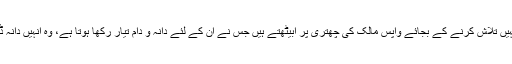
کبوتر فضاؤں میں بہت اونچا پرواز کرتے ہیں اور اپنا رزق وہیں کہیں تلاش کرنے کے بجائے واپس مالک کی چھتری پر آبیٹھتے ہیں جس نے ان کے لئے دانہ و دام تیار رکھا ہوتا ہے، وہ انہیں دانہ ڈالتا ہے اور پھر رات تک کے لئے انہیں ڈربے میں بند کر دیتا ہے۔